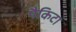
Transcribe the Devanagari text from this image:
पैकिटा